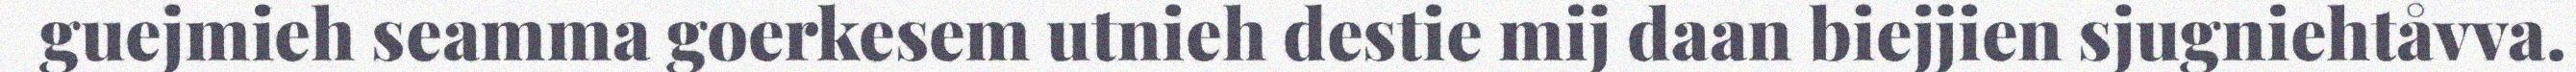
guejmieh seamma goerkesem utnieh destie mij daan biejjien sjugniehtåvva.